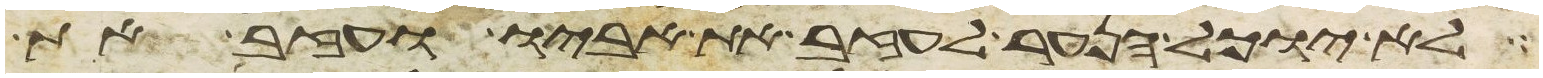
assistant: לא יוכל הנער לעזב את אביו ועזב את